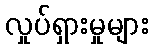
လှုပ်ရှားမှုများ